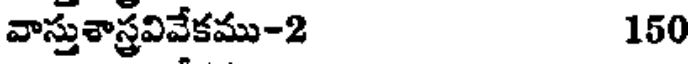
వాస్తుశాస్త్రవివేకము-2 150